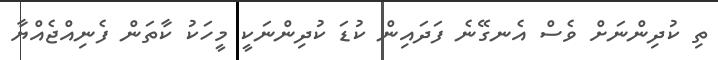
ތި ކުދިންނަށް ވެސް އެނގޭނެ ފަދައިން ކުޑަ ކުދިންނަކީ މީހަކު ކާތަން ފެނިއްޖެއްޔާ